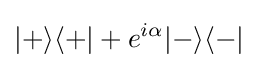
|+\rangle \langle +|+e^{i\alpha }|-\rangle \langle -|